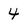
Character: 4